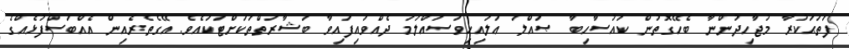
ފަތަޙަކުރާ މުޖާހިދުންނާ ބެހޭގޮތުން ކައުސާހިބާ ޞައްލަ ޢަލައިހިވަސައްލަމަ ދެއްވައިފައިވާ ބަޝާރަތްތަކަށްޓަކައެވެ. އޭގެތެރެއިން އެއްބަސްފުޅެއްގެ